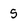
Character: 5